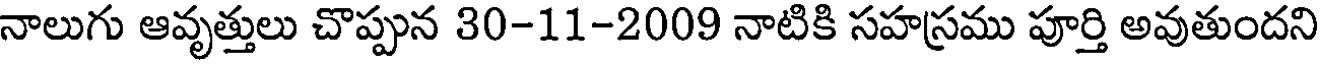
నాలుగు ఆవృత్తులు చొప్పున 30-11-2009 నాటికి సహస్రము పూర్తి అవుతుందని